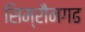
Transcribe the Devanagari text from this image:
सिम्रौनगढ